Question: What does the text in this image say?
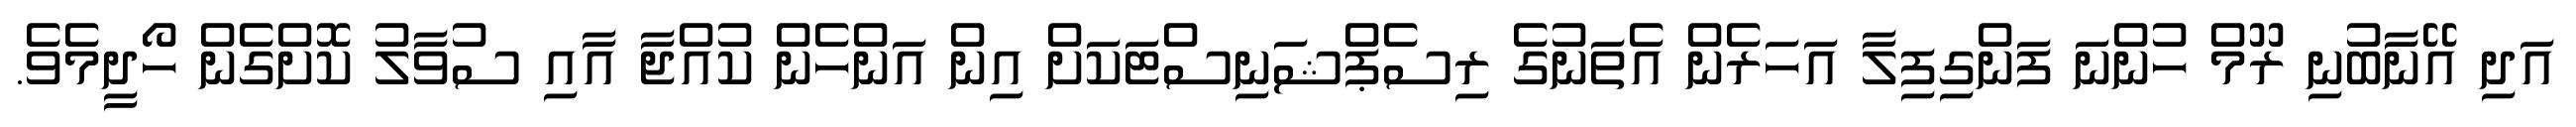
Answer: އަދި އޭނާބުނި ރޫމް ހުންނަ ފަންގިފިލާ އަހަރެން އެތަނުގެ ރިސެޕްޝަނިސްޓަކަށް އިން އަންހެން ކުއްޖާ އާއި ސުވާލު ކޮށްގެން ހޯދީމެވެ.